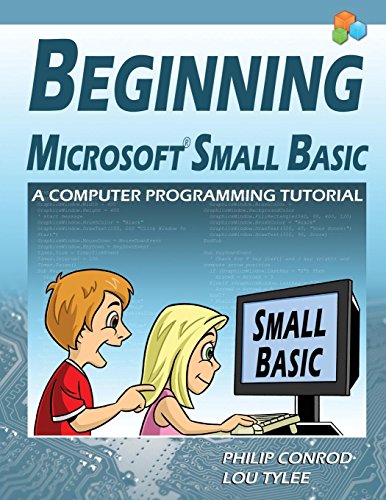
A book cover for Beginning Microsoft Small Basic - A Computer Programming Tutorial - Color Illustrated 1.0 Edition; Philip Conrod; Children's Books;